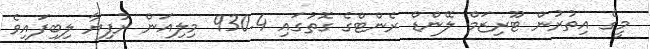
މީގެ އިތުރުން ޓޫރިޒަމް ލޭންޑް ރެންޓްގެ ގޮތުގައި 930.4 މިލިއަން ރުފިޔާ ލިބިފައިވެ